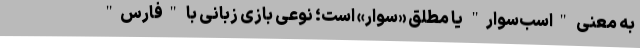
به معنی "اسب‌سوار" یا مطلقِ «سوار» است؛ نوعی بازیِ زبانی با "فارس"